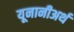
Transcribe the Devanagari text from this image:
यूनानीअर्थ